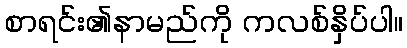
စာရင်း၏နာမည်ကို ကလစ်နှိပ်ပါ။